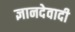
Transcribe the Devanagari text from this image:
ज्ञानदेवादी